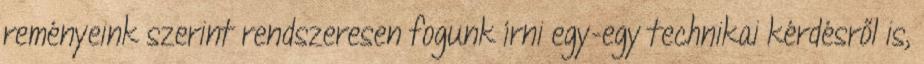
reményeink szerint rendszeresen fogunk írni egy-egy technikai kérdésről is,